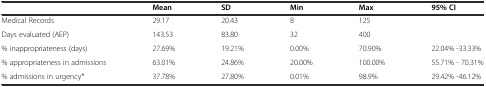
|  | Mean | SD | Min | Max | 95% CI |
 | --- | --- | --- | --- | --- | --- |
 | Medical Records | 29.17 | 20.43 | 8 | 125 |  |
 | Days evaluated (AEP) | 143.53 | 83.80 | 32 | 400 |  |
 | % inappropriateness (days) | 27.69% | 19.21% | 0.00% | 70.90% | 22.04% -33.33% |
 | % appropriateness in admissions | 63.01% | 24.86% | 20.00% | 100.00% | 55.71% - 70.31% |
 | % admissions in urgency* | 37.78% | 27.80% | 0.01% | 98.9% | 29.42% -46.12% |